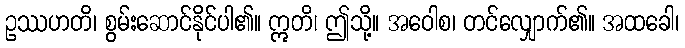
ဥဿဟတိ၊ စွမ်းဆောင်နိုင်ပါ၏။ ဣတိ၊ ဤသို့။ အဝေါစ၊ တင်လျှောက်၏။ အထခေါ၊